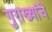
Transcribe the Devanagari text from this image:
गुराख्यांचे